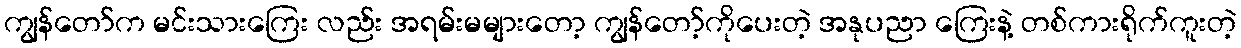
ကျွန်တော်က မင်းသားကြေး လည်း အရမ်းမများတော့ ကျွန်တော့်ကိုပေးတဲ့ အနုပညာ ကြေးနဲ့ တစ်ကားရိုက်ကူးတဲ့